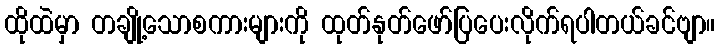
ထိုထဲမှာ တချို့သောစကားများကို ထုတ်နုတ်ဖော်ပြပေးလိုက်ရပါတယ်ခင်ဗျာ။